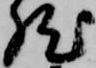
然